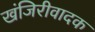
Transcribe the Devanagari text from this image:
खंजिरीवादक